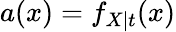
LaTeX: a(x)=f_{X\mid t}(x)